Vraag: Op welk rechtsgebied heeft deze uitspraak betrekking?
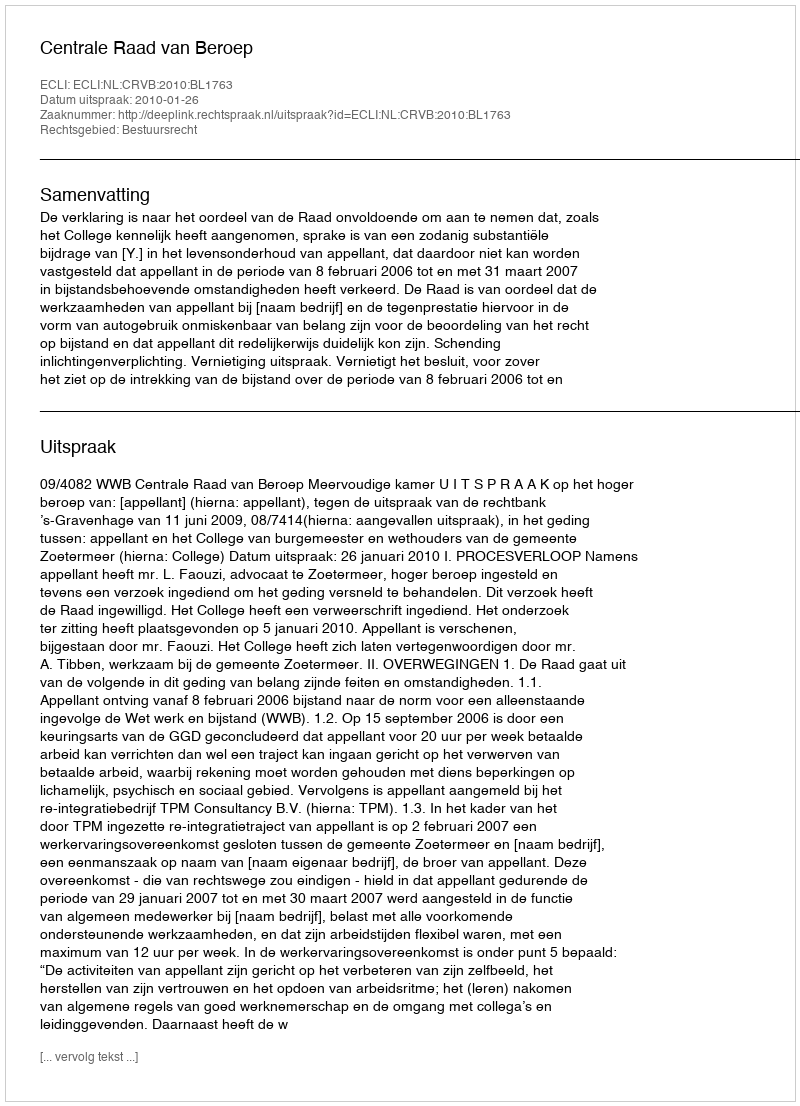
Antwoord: Bestuursrecht